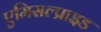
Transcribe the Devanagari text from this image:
एमिसल्प्राइड